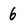
Character: 6